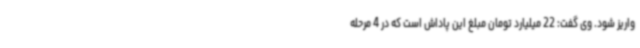
واریز شود. وی گفت: 22 میلیارد تومان مبلغ این پاداش است که در 4 مرحله